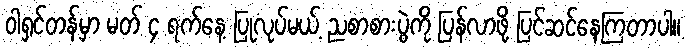
ဝါရှင်တန်မှာ မတ် ၄ ရက်နေ့ ပြုလုပ်မယ့် ညစာစားပွဲကို ပြန်လာဖို့ ပြင်ဆင်နေကြတာပါ။